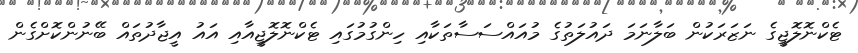
ޓެކްނޮލޮޖީގެ ނަޒަރަކުން ބަލާނަމަ ދައުލަތުގެ މުއައްސަސާތަކާއި ހިންގުމުގައި ޓެކްނޮލޮޖީއާއި އައު އީޖާދުތައް ބޭނުންކޮށްގެން